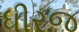
ધીરજ